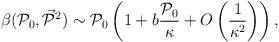
LaTeX: \begin{align*}\beta({\cal P}_0, \vec{{\cal P}}{}^2) \sim {\cal P}_0\left(1 + b \frac{{\cal P}_0}{\kappa} +O\left(\frac{1}{\kappa^2}\right)\right),\end{align*}